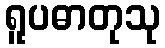
ရူပဓာတုသု